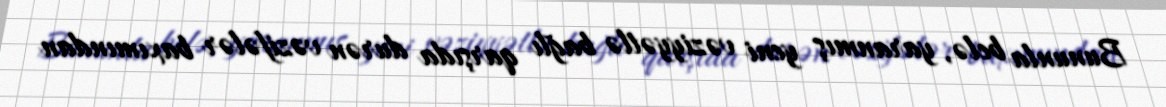
Bununla belə, yaranmış yeni vəziyyətlə bağlı qarşıda durən vəzifələr baxımından